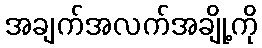
အချက်အလက်အချို့ကို